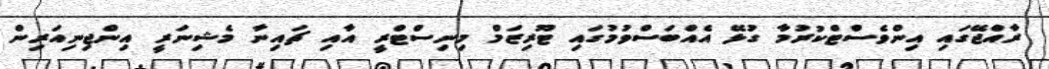
ރާއްޖޭގައި އިންވެެސްޓްކުރުމާ ގުޅޭ އެއްބަސްވުމުގައި ޓޫރިޒަމް މިނިސްޓްރީ އާއި ޗައިނާ މެޝިނަރީ އިންޖިނިއަރިން